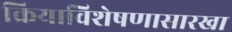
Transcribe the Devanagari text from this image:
क्रियाविशेषणासारखा